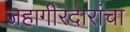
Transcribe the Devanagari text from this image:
जहागीरदारांचा